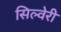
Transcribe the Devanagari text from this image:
सिल्वेरी